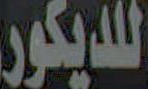
للديكور